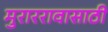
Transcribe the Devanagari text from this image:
मुराररावासाठी